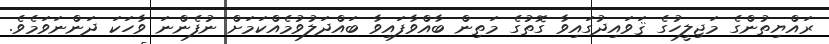
ރައްޔިތުންގެ މަޖިލީހުގެ ޤަވައިދުގައިވާ ގޮތުގެ މަތިން ބާއްވާފައިވާ ބައްދަލުވުމެއްކަމަށް ނުފެންނަ ވާހަކަ ދަންނަވަމެވެ.